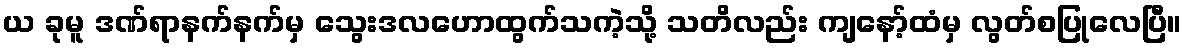
ယ ခုမူ ဒဏ်ရာနက်နက်မှ သွေးဒလဟောထွက်သကဲ့သို့ သတိလည်း ကျနော့်ထံမှ လွတ်စပြုလေပြီ။